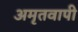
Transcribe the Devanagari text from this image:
अमृतवापी